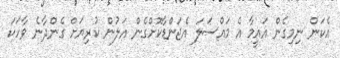
އެކަން ނިމިގެން އައީމާ އެ މައްސަލަ އެޖަންޑާކޮށްގެން އަލުން ކުރިޔަށް ގެންދާނެ ވާހަކަ